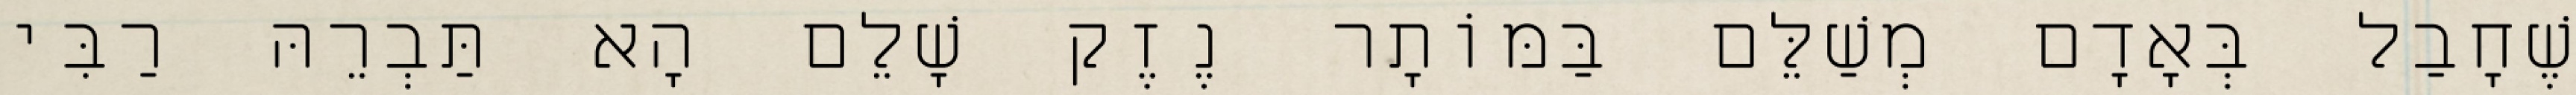
שֶׁחָבַל בְּאָדָם מְשַׁלֵּם בַּמּוֹתָר נֶזֶק שָׁלֵם הָא תַּבְרֵהּ רַבִּי